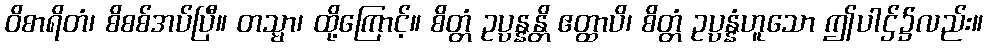
ဝိစာရိတံ၊ စိစစ်အပ်ပြီ။ တသ္မာ၊ ထို့ကြောင့်။ စိတ္တံ ဥပ္ပန္နန္တိ ဧတ္ထာပိ၊ စိတ္တံ ဥပ္ပန္နံဟူသော ဤပါဌ်၌လည်း။